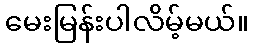
မေးမြန်းပါလိမ့်မယ်။